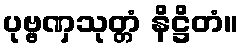
ပုဗ္ဗဏှသုတ္တံ နိဋ္ဌိတံ။